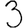
Digit: 3